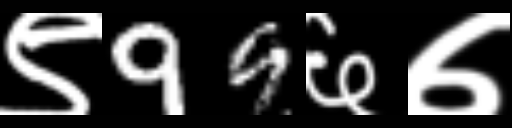
Text: ९99६७